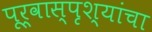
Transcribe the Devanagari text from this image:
पूर्वास्पृश्यांचा